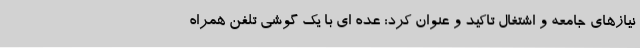
نیازهای جامعه و اشتغال تاکید و عنوان کرد: عده ای با یک گوشی تلفن همراه